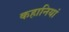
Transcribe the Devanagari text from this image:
कहानियां